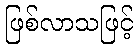
ဖြစ်လာသဖြင့်